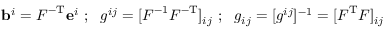
\mathbf { b } ^ { i } = { \boldsymbol { F } } ^ { - \mathrm { { T } } } \mathbf { e } ^ { i } ~ ; ~ ~ g ^ { i j } = [ { \boldsymbol { F } } ^ { - \mathrm { { 1 } } } { \boldsymbol { F } } ^ { - \mathrm { { T } } } ] _ { i j } ~ ; ~ ~ g _ { i j } = [ g ^ { i j } ] ^ { - 1 } = [ { \boldsymbol { F } } ^ { \mathrm { { T } } } { \boldsymbol { F } } ] _ { i j }